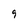
Character: 9